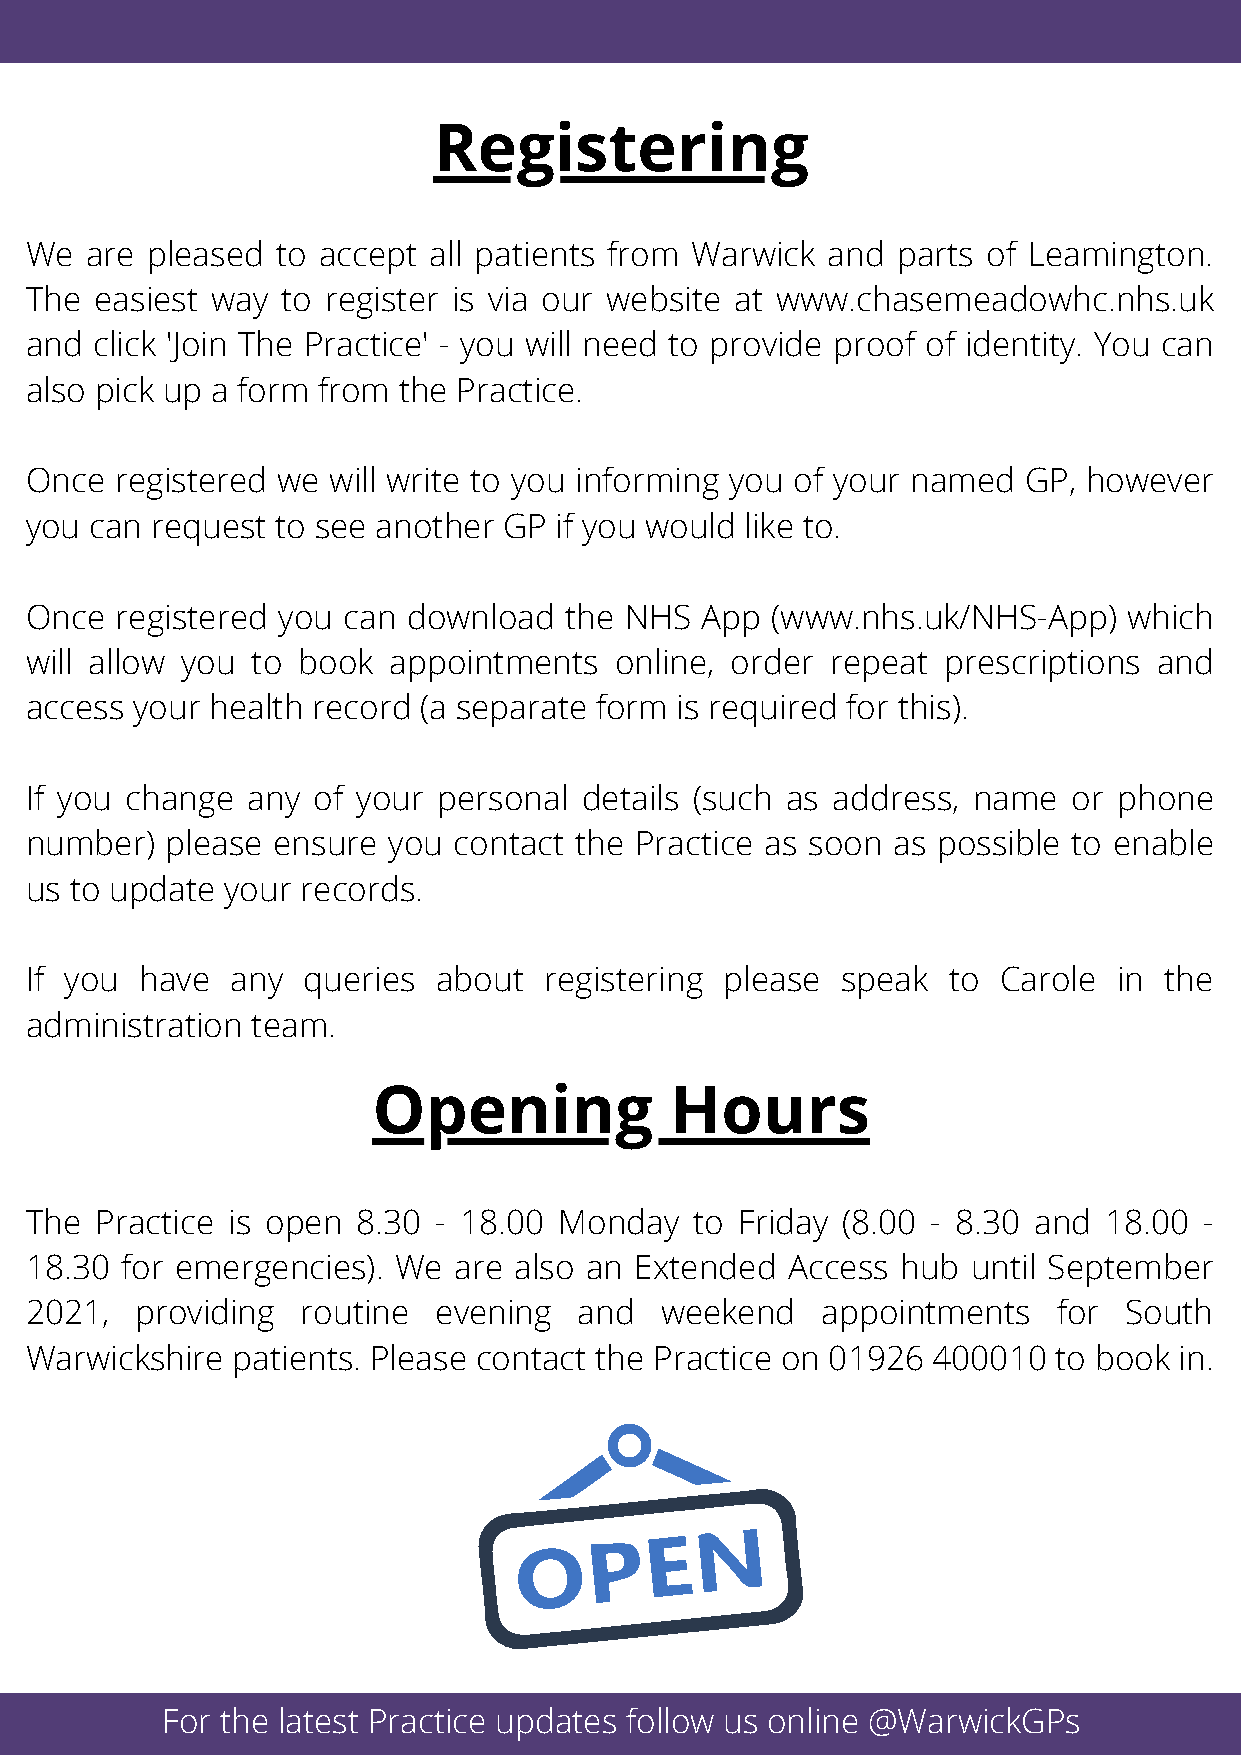
Registering
 We  are pleased to accept all patients from Warwick  and parts of Leamington.
 The easiest way  to register is via our website at www.chasemeadowhc.nhs.uk
 and click 'Join The Practice' - you will need to provide proof of identity. You can
 also pick up a form from the Practice.
 Once  registered we will write to you informing you of your named GP, however
 you can request to see another GP  if you would like to.
 Once  registered you can download  the NHS  App  (www.nhs.uk/NHS-App)    which
 will allow you to book  appointments   online, order repeat  prescriptions and
 access your health record (a separate form is required for this).
 If you change any  of your personal details (such as address, name   or phone
 number)  please ensure  you contact the Practice as soon as possible to enable
 us to update your records.
 If you have  any  queries  about  registering please  speak  to Carole  in the
 administration team.
 Opening            Hours
 The Practice is open  8.30 - 18.00 Monday   to Friday (8.00 - 8.30 and 18.00  -
 18.30 for emergencies). We  are also an Extended  Access  hub until September
 2021,  providing  routine  evening  and   weekend   appointments    for South
 Warwickshire patients. Please contact the Practice on 01926 400010  to book in.
 For the latest Practice updates follow us online @WarwickGPs